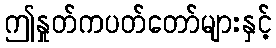
ဤနှုတ်ကပတ်တော်များနှင့်